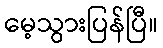
မေ့သွားပြန်ပြီ။